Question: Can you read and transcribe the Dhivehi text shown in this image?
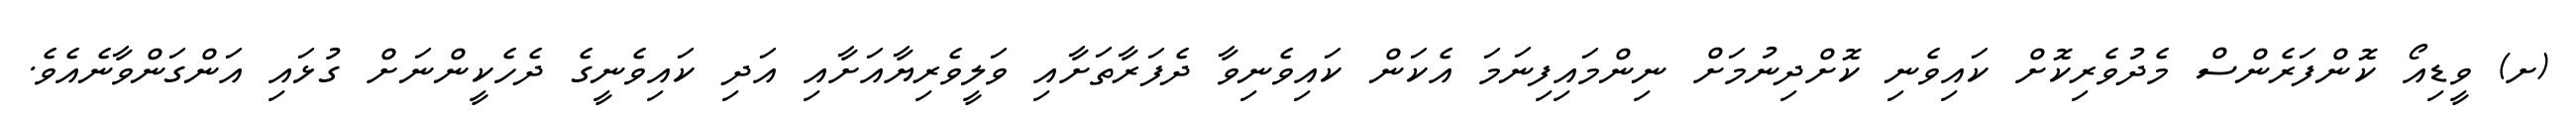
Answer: (ށ) ވީޑިއޯ ކޮންފަރެންސް މެދުވެރިކޮށް ކައިވެނި ކޮށްދިނުމަށް ނިންމައިފިނަމަ އެކަން ކައިވެނިވާ ދެފަރާތަށާއި ވަލީވެރިޔާއަށާއި އަދި ކައިވެނީގެ ދެހެކީންނަށް ގުޅައި އަންގަންވާނެއެވެ.